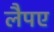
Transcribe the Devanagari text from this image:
लैपए